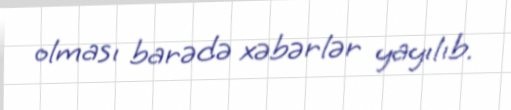
olması barədə xəbərlər yayılıb.